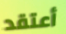
أعتقد